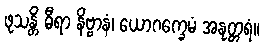
ဖုသန္တိ ဓီရာ နိဗ္ဗာနံ၊ ယောဂက္ခေမံ အနုတ္တရံ။